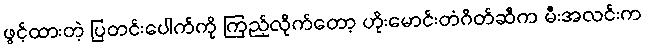
ဖွင့်ထားတဲ့ ပြတင်းပေါက်ကို ကြည့်လိုက်တော့ ဟိုးမောင်းတံဂိတ်ဆီက မီးအလင်းက